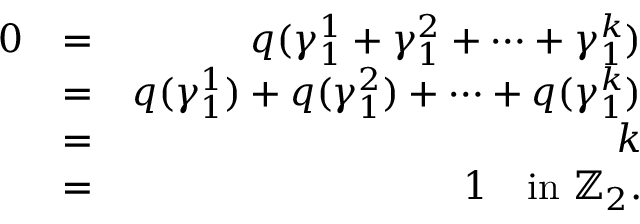
\begin{array} { r l r } { 0 } & { = } & { q ( \gamma _ { 1 } ^ { 1 } + \gamma _ { 1 } ^ { 2 } + \cdots + \gamma _ { 1 } ^ { k } ) } \\ & { = } & { q ( \gamma _ { 1 } ^ { 1 } ) + q ( \gamma _ { 1 } ^ { 2 } ) + \cdots + q ( \gamma _ { 1 } ^ { k } ) } \\ & { = } & { k } \\ & { = } & { 1 \quad \mathrm { i n ~ } \mathbb { Z } _ { 2 } . } \end{array}